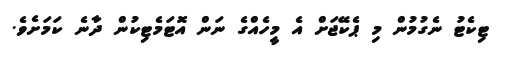
ޓިކެޓު ނެގުމުން މި ޕެކޭޖަށް އެ މީހެއްގެ ނަން އޮޓަމެޓިކުން ދާނެ ކަމަށެވެ.